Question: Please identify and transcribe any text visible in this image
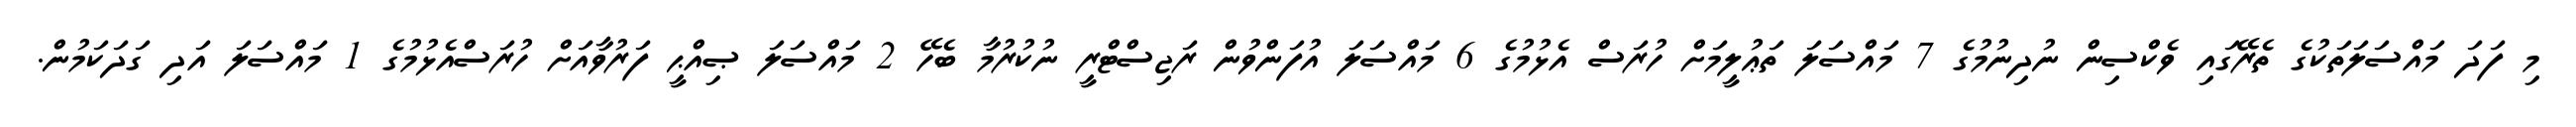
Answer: މި ފަދަ މައްސަލަތަކުގެ ތެރޭގައި ވެކްސިން ނުދިނުމުގެ 7 މައްސަލަ ތަޢުލީމަށް ހުރަސް އެޅުމުގެ 6 މައްސަލަ އުފަންވުން ރަޖިސްޓްރީ ނުކުރުމާ ބެހޭ 2 މައްސަލަ ޞިއްޙީ ފަރުވާއަށް ހުރަސްއެޅުމުގެ 1 މައްސަލަ އަދި ގަދަކަމުން.